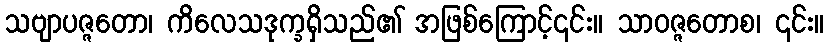
သဗျာပဇ္ဇတော၊ ကိလေသဒုက္ခရှိသည်၏ အဖြစ်ကြောင့်၎င်း။ သာဝဇ္ဇတောစ၊ ၎င်း။